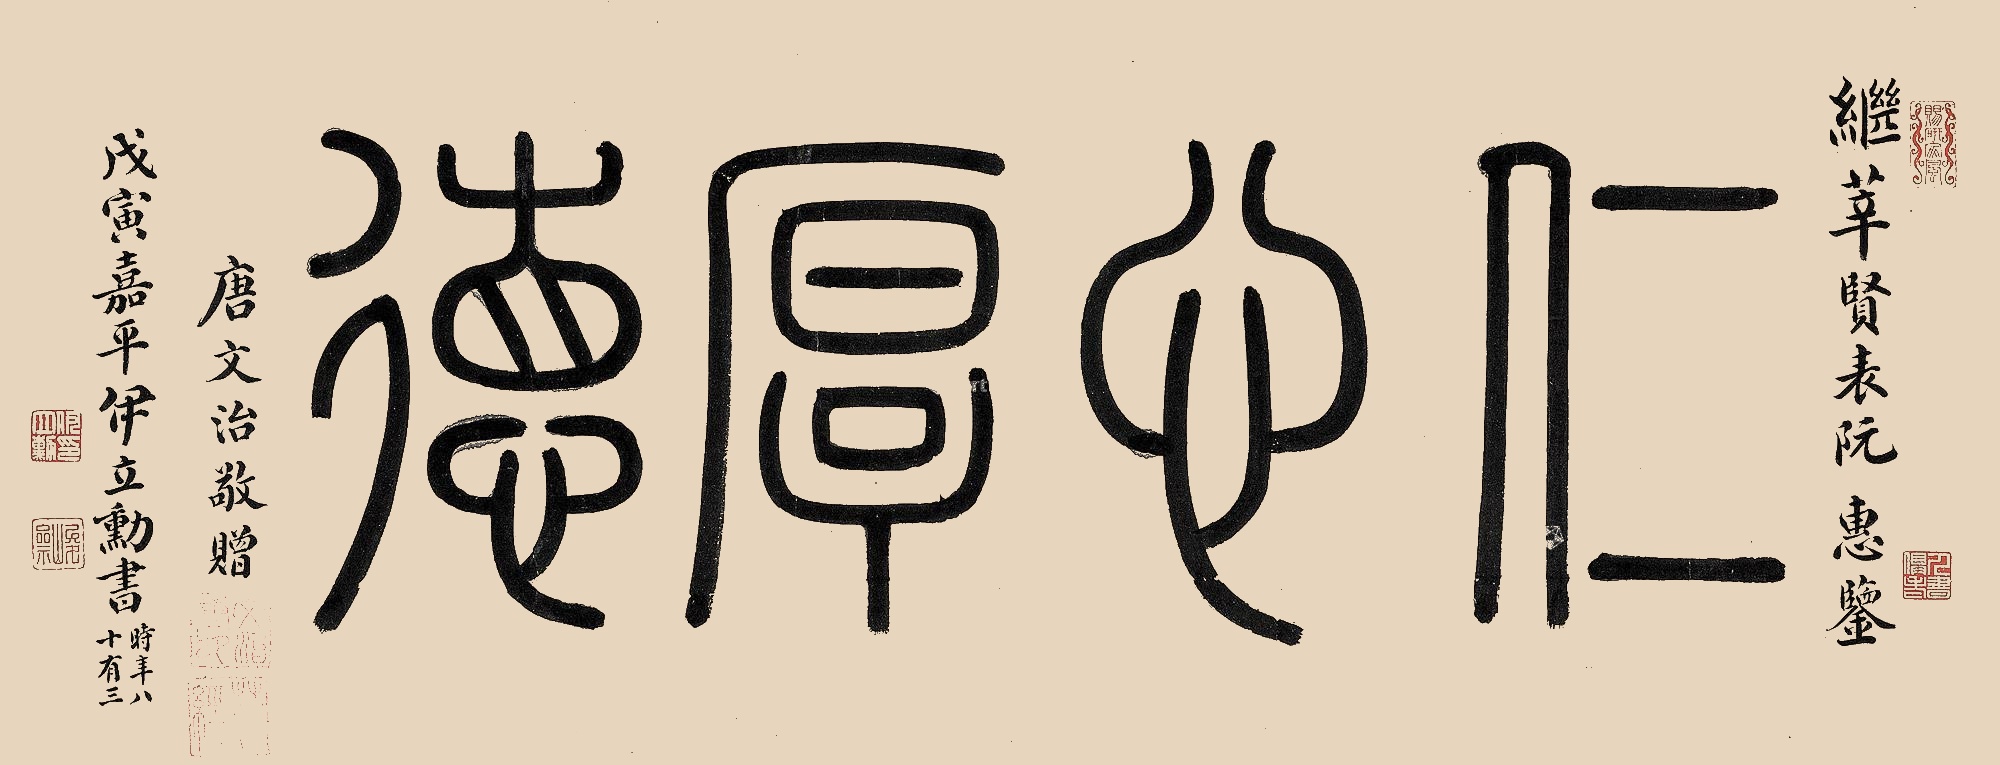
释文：仁心厚德继莘贤表阮惠鉴。唐文治敬赠。戊寅嘉平伊立勋书。时年八十有三。